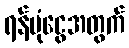
ရန်ပုံငွေအတွက်